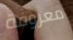
معروفة